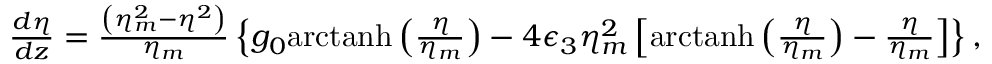
\begin{array} { r l r } & { } & { \! \! \! \! \! \! \! \! \frac { d \eta } { d z } = \frac { \left( \eta _ { m } ^ { 2 } - \eta ^ { 2 } \right) } { \eta _ { m } } \left\{ g _ { 0 } \mathrm { a r c t a n h } \left( \frac { \eta } { \eta _ { m } } \right) - 4 \epsilon _ { 3 } \eta _ { m } ^ { 2 } \left[ \mathrm { a r c t a n h } \left( \frac { \eta } { \eta _ { m } } \right) - \frac { \eta } { \eta _ { m } } \right] \right\} , } \end{array}